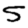
Digit: 5